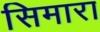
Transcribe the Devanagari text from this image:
सिमारा